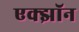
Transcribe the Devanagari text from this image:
एक्झॉन